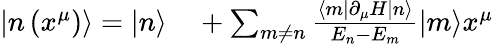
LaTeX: \begin{array}{rl}{\left|n\left(x^{\mu}\right)\right\rangle=|n\rangle}&{{}+\sum_{m\neq n}{\frac{\langle m|\partial_{\mu}H|n\rangle}{E_{n}-E_{m}}}|m\rangle x^{\mu}}\end{array}